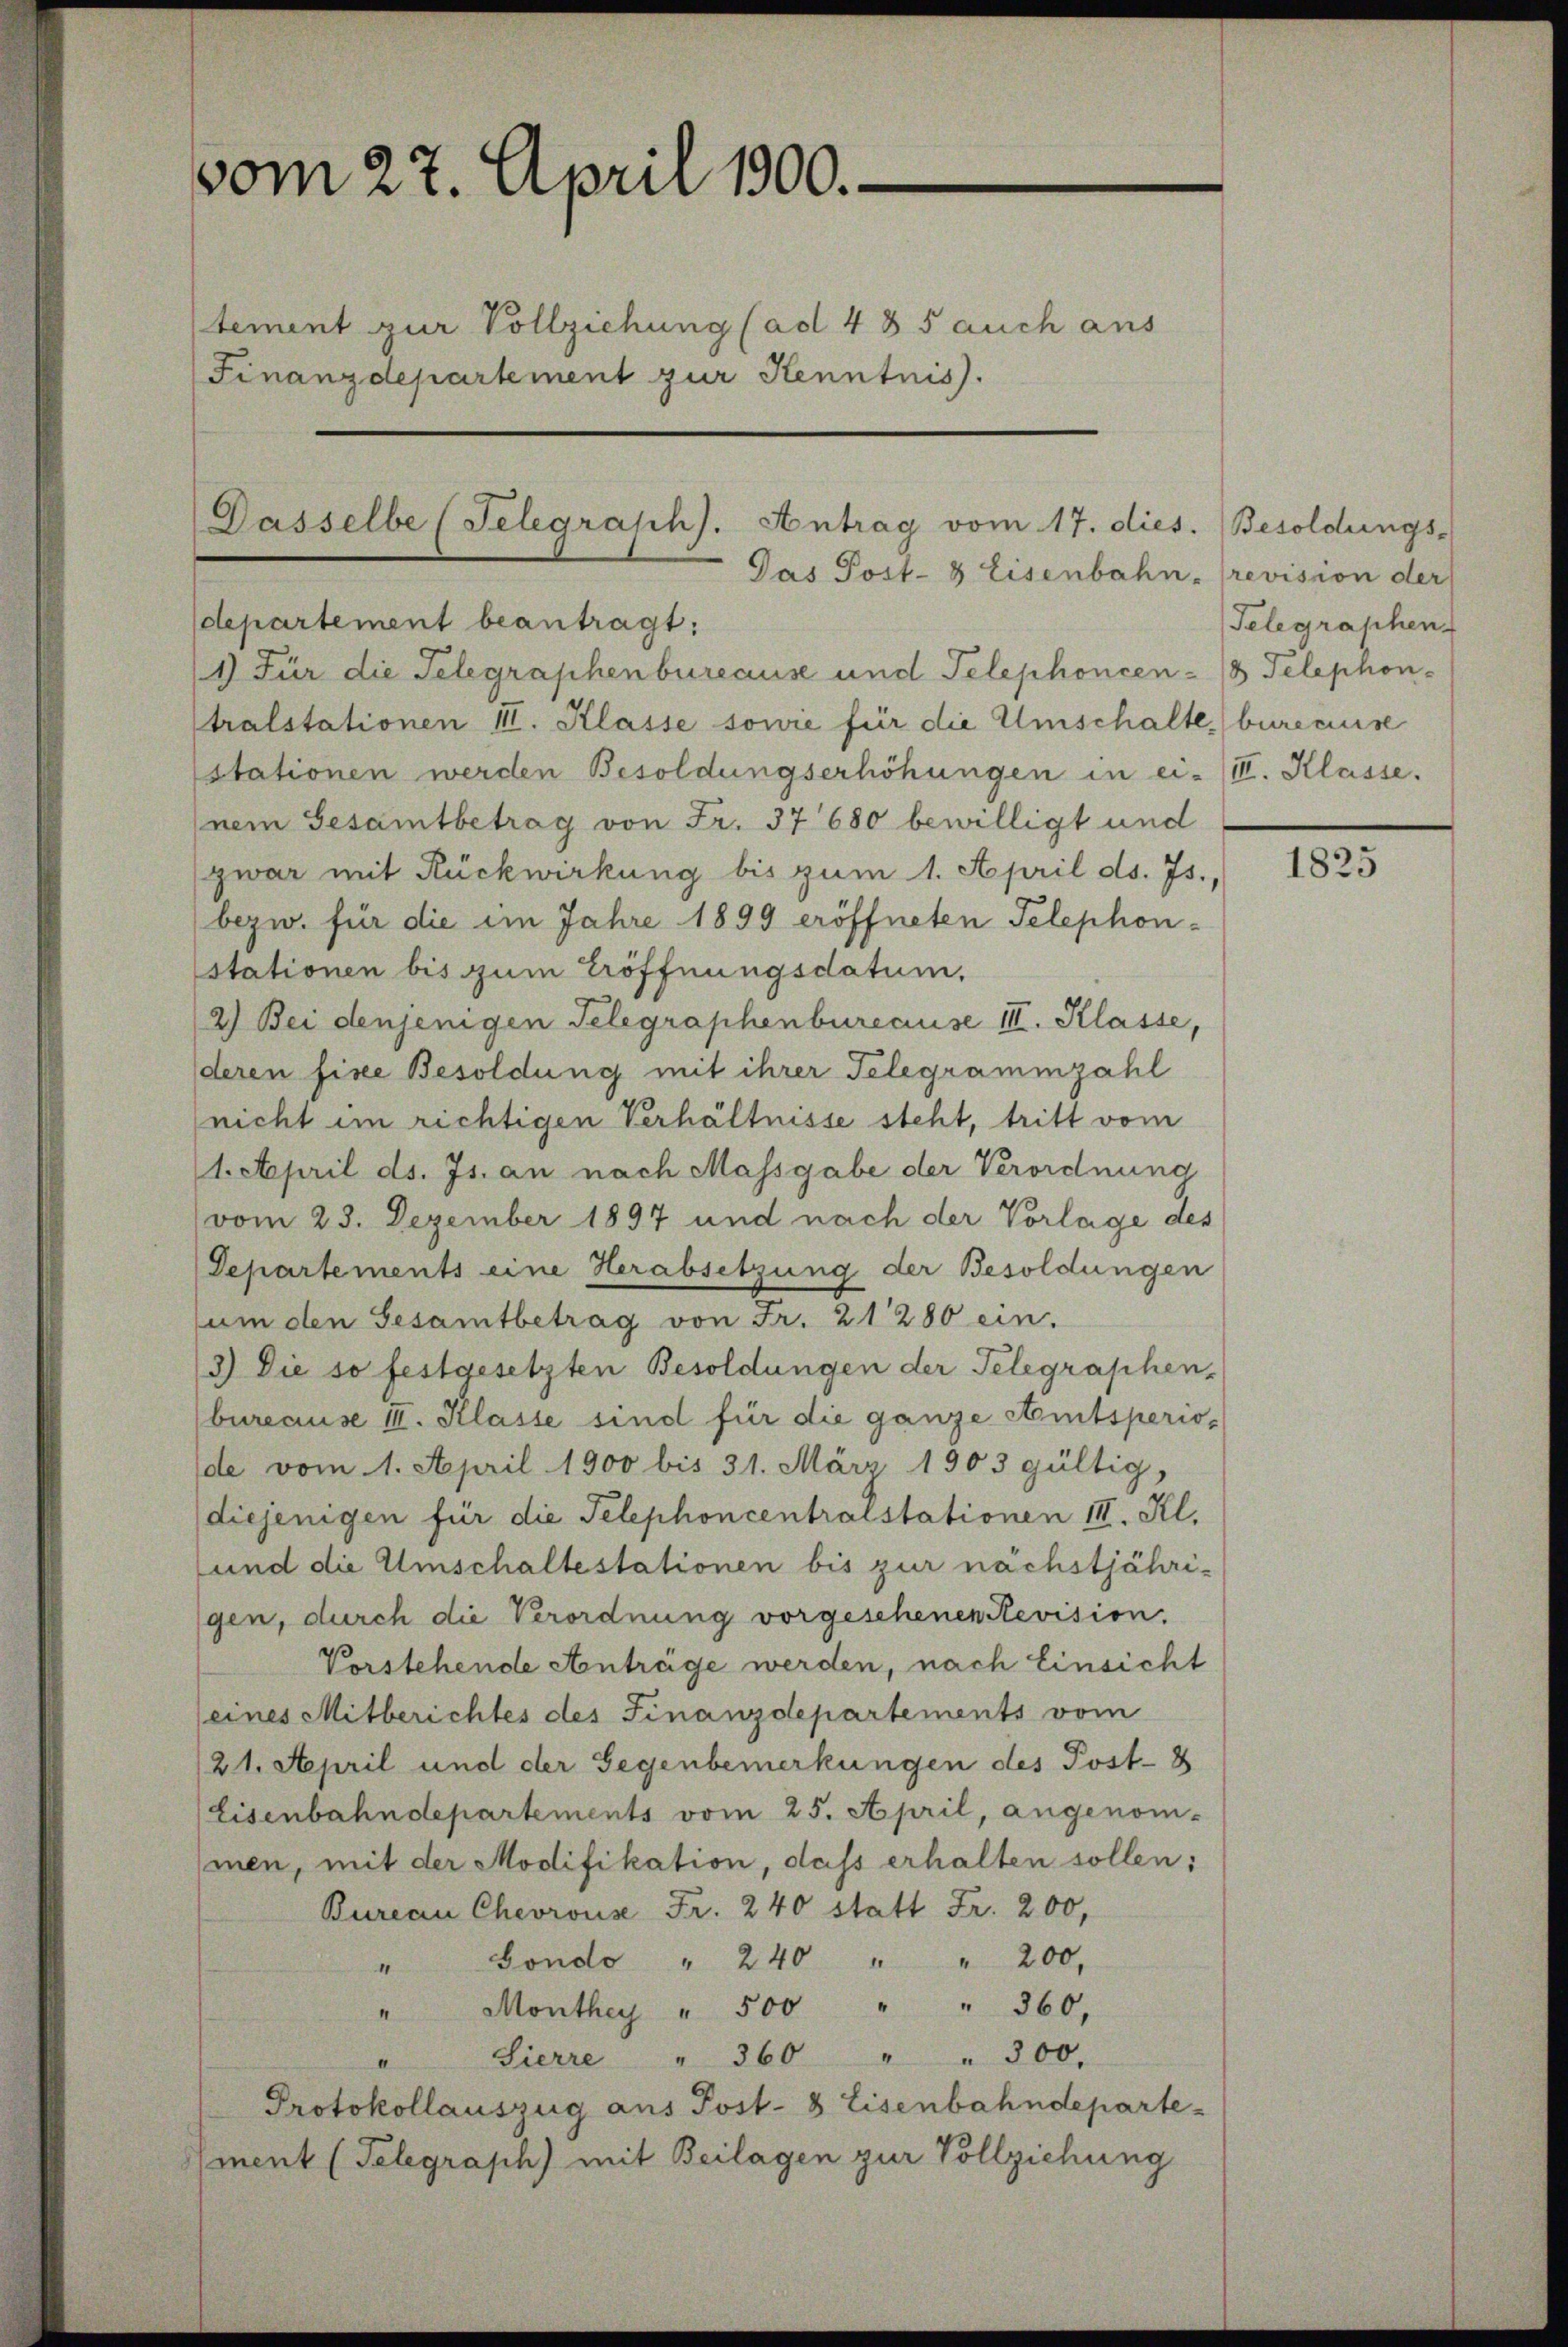
vom 27. April 1800.
tement zur Vollziehung (ad 435 auch aus
Finanzdepartement zur Kenntnis.

Dasselbe (Telegraph). Antrag vom 17. dies.
Das Post- & Eisenbahn- (revision der
departement beantragt:
1) Für die Telegraphenbureause und Telephoncen - (8 Telephon-

tralstationen III. Klasse sowie für die Umschalte bureause
stationen werden Besoldungserhöhungen in ei- III. Klasse.
nem Gesamtbetrag von Fr. 37680 bewilligt und
zwar mit Rückwirkung bis zum 1. April ds. Js.,
bezw. für die im Jahre 1899 eröffneten Telephonstationen bis zum Eröffnungsdatum,
2) Bei denjenigen Telegraphenbureause III. Klasse,
deren fixe Besoldung mit ihrer Telegrammzahl
nicht im richtigen Verhältnisse steht, tritt vom
1. April ds. Js. an nach Massgabe der Verordnung
vom 23. Dezember 1897 und nach der Vorlage des
Departements eine Herabsetzung der Besoldungen
um den Gesamtbetrag von Fr. 21280 ein.
3.) Die so festgesetzten Besoldungen der Telegraphen-
bureause III. Klasse sind für die ganze Amtsperiode vom 1. April 1900 bis 31. März 1903 gültig,
diejenigen für die Telephoncentralstationen III. Kl.
und die Umschaltestationen bis zur nächstjährigen, durch die Verordnung vorgeschenentevision.
Verstehende Anträge werden, nach Einsicht
(eines Mitberichtes des Finanzdepartements vom
(21. April und der Gegenbemerkungen des Post- 8
Eisenbahndepartements vom 25. April, angenom-
men, mit der Modifikation, dass erhalten sollen;
Bureau Chevrouse Fr. 240 statt Fr. 200,
" Gondo " 240 " " 200,
" Monthey " 500 " " 360,
" Sierre " 360 " " 300.
Protokollauszug aus Post- & Eisenbahndepartement (Telegraph) mit Beilagen zur Vollziehung

Besoldungs-
Telegraphen-

1825